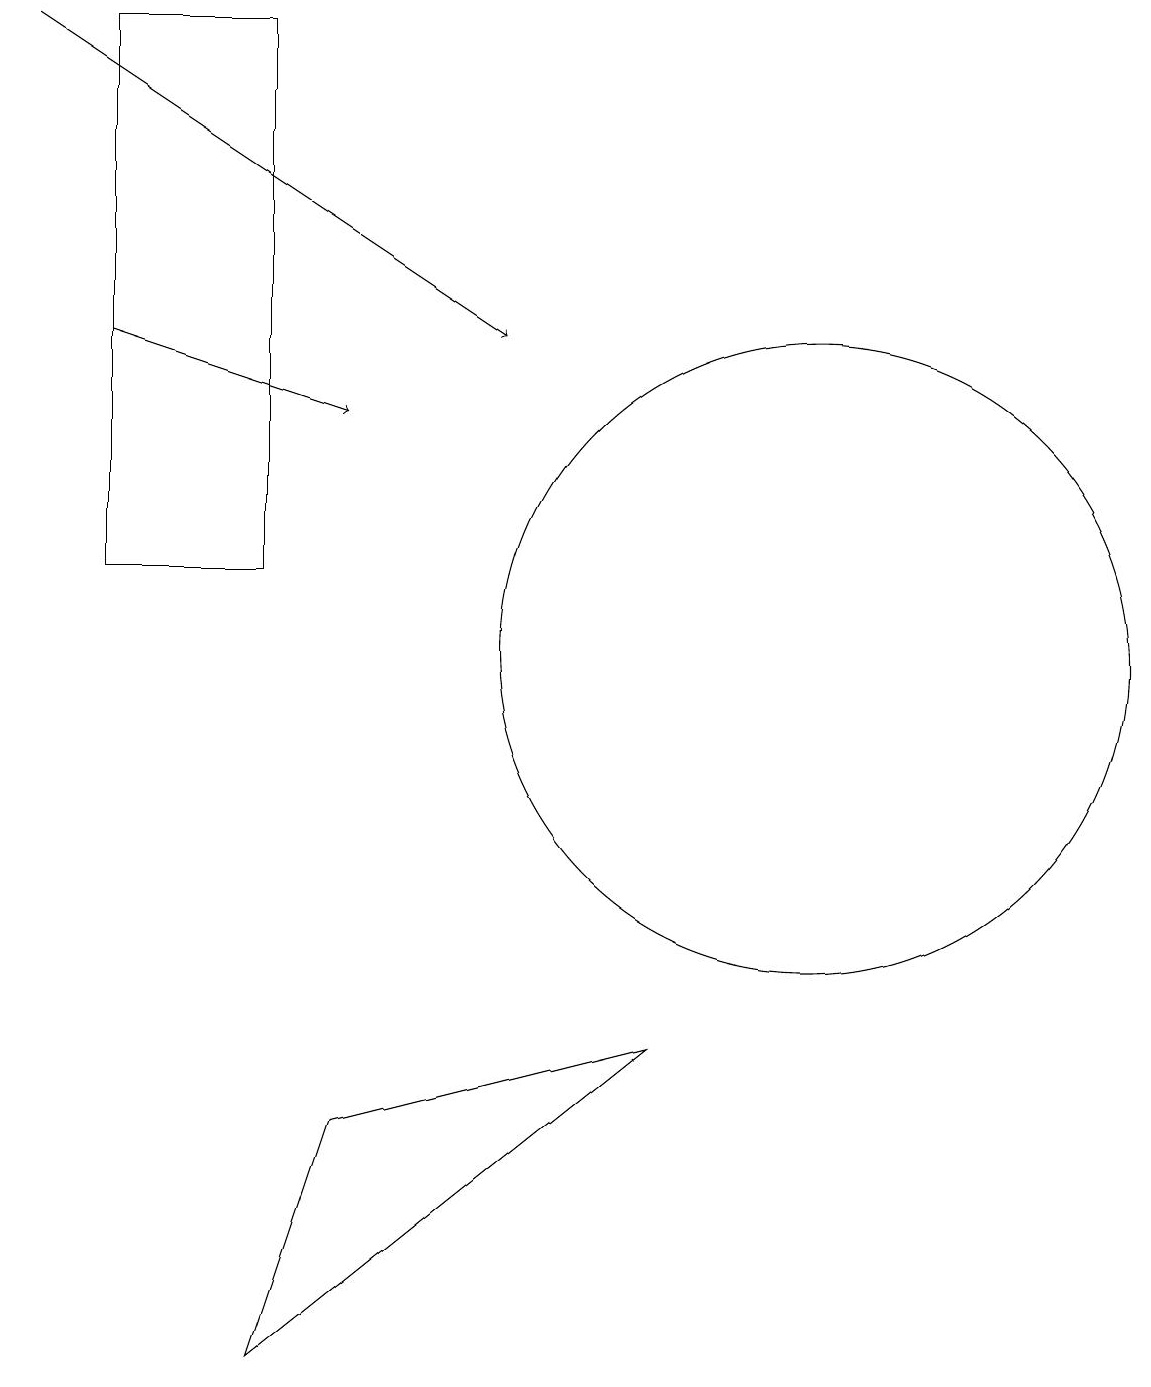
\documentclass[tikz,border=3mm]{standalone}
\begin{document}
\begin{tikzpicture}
\draw[->] (1,14) -- (4,13);
\draw[->] (0,18) -- (6,14);
\draw (8,5) -- (3,1) -- (4,4) -- cycle;
\draw (1,18) rectangle (3,11);
\draw (10,10) circle (4);
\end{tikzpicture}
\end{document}